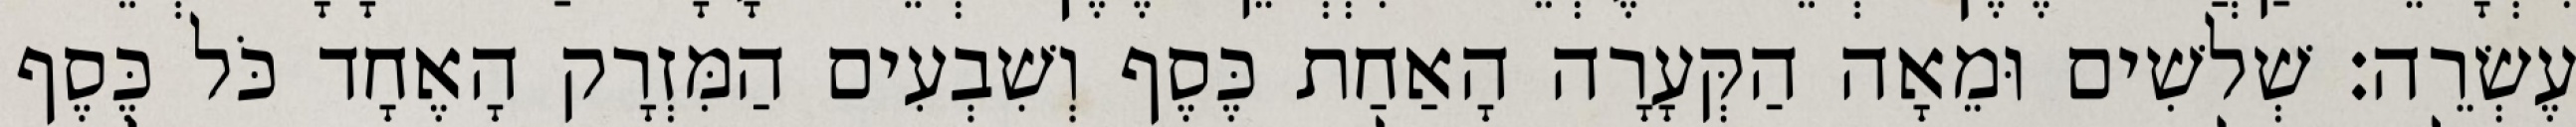
עֶשְׂרֵה׃ שְׁלשִׁים וּמֵאָה הַקְּעָרָה הָאַחַת כֶּסֶף וְשִׁבְעִים הַמִּזְרָק הָאֶחָד כֹּל כֶּסֶף